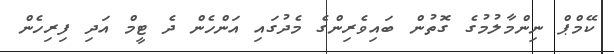
ކޭމްޕް ނިންމާލުމުގެ ގޮތުން ބައިވެރިންގެ މެދުގައި އަންހެން ދެ ޓީމް އަދި ފިރިހެން